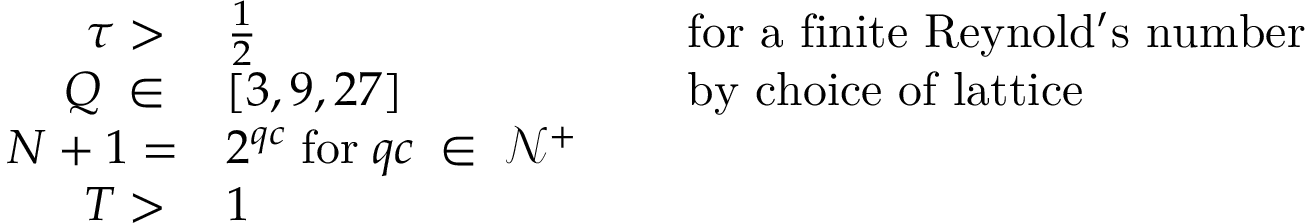
\begin{array} { r l r l } { \tau > \; } & { \frac { 1 } { 2 } } & { \; } & { \mathrm { f o r ~ a ~ f i n i t e ~ R e y n o l d ' s ~ n u m b e r ~ } } \\ { Q \; \in \; } & { [ 3 , 9 , 2 7 ] } & { \; } & { \mathrm { b y ~ c h o i c e ~ o f ~ l a t t i c e } } \\ { N + 1 = } & { 2 ^ { q c } \; \mathrm { f o r } \; q c \; \in \; \mathcal { N } ^ { + } } \\ { T > \; } & { 1 } \end{array}